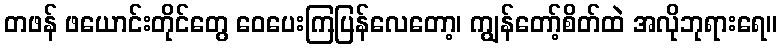
တဖန် ဖယောင်းတိုင်တွေ ဝေပေးကြပြန်လေတော့၊ ကျွန်တော့်စိတ်ထဲ အလိုဘုရားရေ။